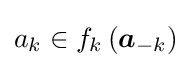
a_{k}\in f_{k}\left({\boldsymbol {a}}_{-k}\right)